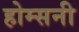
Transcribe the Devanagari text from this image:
होम्सनी